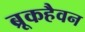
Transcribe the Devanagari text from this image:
ब्रूकहैवन